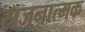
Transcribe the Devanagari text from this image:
स्रजनात्मक